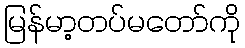
မြန်မာ့တပ်မတော်ကို